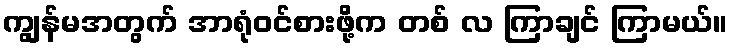
ကျွန်မအတွက် အာရုံဝင်စားဖို့က တစ် လ ကြာချင် ကြာမယ်။